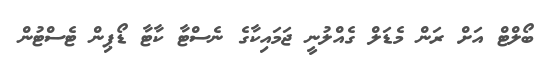
ބޯލްޓް އަށް ރަން މެޑަލް ގެއްލުނީ ޖަމައިކާގެ ނެސްޓާ ކާޓާ ޑޯޕިން ޓެސްޓުން